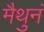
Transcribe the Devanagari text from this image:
मैथुनं